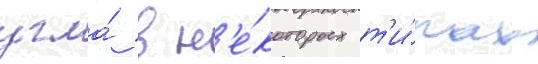
угла́ в н'е́которых т'и́пах